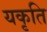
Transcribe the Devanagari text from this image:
यकृति